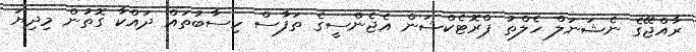
ރާއްޖޭގެ ނެޝަނަލް ހެލްތު ޕްރޮޓެކްޝަން އެޖެންސީގެ ތަފާސް ހިސާބުތައް ދައްކާ ގޮތުން މިދިޔަ